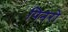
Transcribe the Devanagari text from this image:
पिनरो